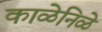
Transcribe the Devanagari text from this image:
काळेनिळे